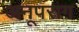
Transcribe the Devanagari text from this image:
अनूपराग